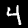
Digit: 4